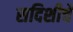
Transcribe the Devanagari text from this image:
सदिशीचे